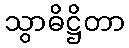
သွာဓိဋ္ဌိတာ